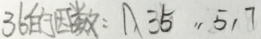
3 6 的 因 数 : A \div 5 , 5 , 7